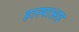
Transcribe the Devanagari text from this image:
हास्याआड